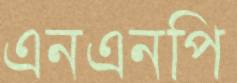
এনএনপি